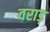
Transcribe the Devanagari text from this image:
वराड़